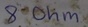
Text: 8Ohm